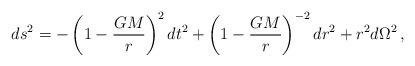
LaTeX: \begin{align*}ds^{2}=-\left( 1-\frac{GM}{r}\right) ^{2}dt^{2}+\left( 1-\frac{GM}{r}\right)^{-2}dr^{2}+r^{2}d\Omega ^{2}\,, \end{align*}